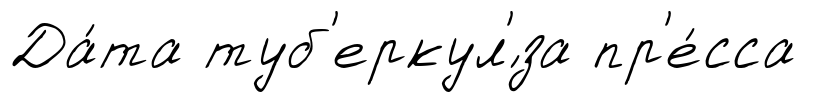
Да́та туб'еркул'́за пр'е́сса